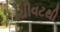
ચીવટથી